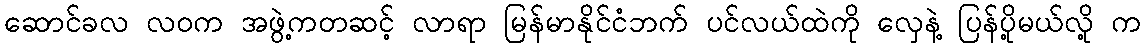
ဆောင်ခလ လဝက အဖွဲ့ကတဆင့် လာရာ မြန်မာနိုင်ငံဘက် ပင်လယ်ထဲကို လှေနဲ့ ပြန်ပို့မယ်လို့ က